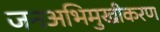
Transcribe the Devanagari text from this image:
जनअभिमुखीकरण